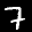
Label: 7